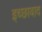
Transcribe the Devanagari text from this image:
इच्छावाद